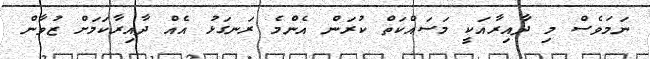
ނަމަވެސް މި ދާއިރާއަކީ މަސައްކަތް ކުރަން އެންމެ ރަނގަޅު އެއް ދާއިރާކަމަށް ޒުވާން